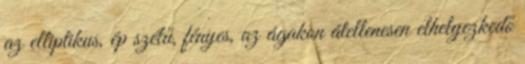
az elliptikus, ép szélű, fényes, az ágakon átellenesen elhelyezkedő